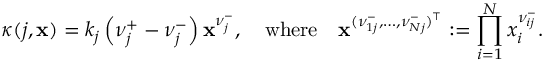
\kappa ( j , \mathbf { x } ) = k _ { j } \left( \boldsymbol { \nu } _ { j } ^ { + } - \boldsymbol { \nu } _ { j } ^ { - } \right) \mathbf { x } ^ { \boldsymbol { \nu } _ { j } ^ { - } } , \quad \mathrm { w h e r e } \quad \mathbf { x } ^ { ( \nu _ { 1 j } ^ { - } , \dots , \nu _ { N j } ^ { - } ) ^ { \top } } : = \prod _ { i = 1 } ^ { N } x _ { i } ^ { \nu _ { i j } ^ { - } } .